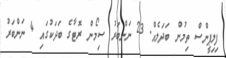
ފިލިޕީންސް ތިމުން ބަދަލެއް. 23 ނަންބަރު ސިމޯން ރޮޓާގެ ބަދަކުގައި 4 ނަންބަރު